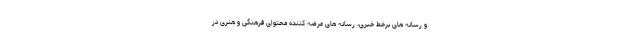
و رسانه های برخط خبری، رسانه های عرضه کننده محتوای فرهنگی و هنری در